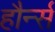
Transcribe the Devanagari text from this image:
हौर्न्स